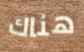
هناك